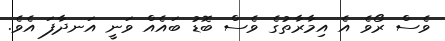
ވެސް ރޯވެ އެ އިމާރާތުގެ ވެސް ބޮޑު ބައެއް ވަނީ އަނދާފަ އެވެ.